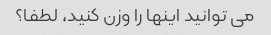
می توانید اینها را وزن کنید، لطفا؟